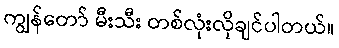
ကျွန်တော် မီးသီး တစ်လုံးလိုချင်ပါတယ်။